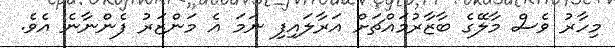
މިހާރު ވެސް މާލޭގެ ބާޒާރުމައްޗަށް އަރާލައިފި ނަމަ އެ މަންޒަރު ފެންނާނެ އެވެ.